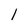
Character: l